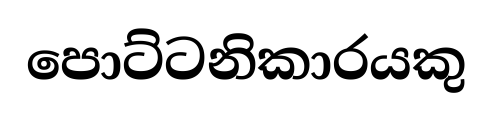
පොට්ටනිකාරයකු